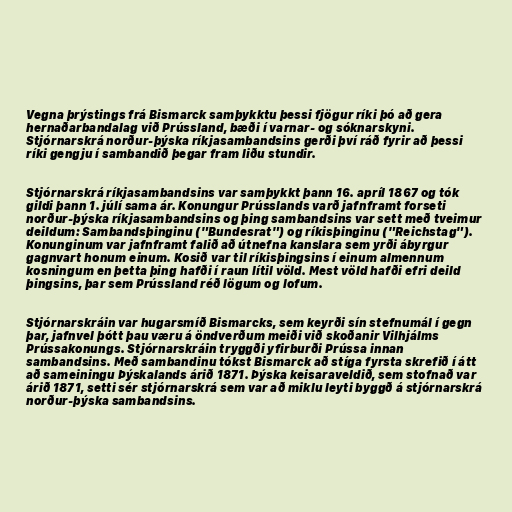
Vegna þrýstings frá Bismarck samþykktu þessi fjögur ríki þó að gera
hernaðarbandalag við Prússland, bæði í varnar- og sóknarskyni.
Stjórnarskrá norður-þýska ríkjasambandsins gerði því ráð fyrir að þessi
ríki gengju í sambandið þegar fram liðu stundir.

Stjórnarskrá ríkjasambandsins var samþykkt þann 16. apríl 1867 og tók
gildi þann 1. júlí sama ár. Konungur Prússlands varð jafnframt forseti
norður-þýska ríkjasambandsins og þing sambandsins var sett með tveimur
deildum: Sambandsþinginu ("Bundesrat") og ríkisþinginu ("Reichstag").
Konunginum var jafnframt falið að útnefna kanslara sem yrði ábyrgur
gagnvart honum einum. Kosið var til ríkisþingsins í einum almennum
kosningum en þetta þing hafði í raun lítil völd. Mest völd hafði efri deild
þingsins, þar sem Prússland réð lögum og lofum.

Stjórnarskráin var hugarsmíð Bismarcks, sem keyrði sín stefnumál í gegn
þar, jafnvel þótt þau væru á öndverðum meiði við skoðanir Vilhjálms
Prússakonungs. Stjórnarskráin tryggði yfirburði Prússa innan
sambandsins. Með sambandinu tókst Bismarck að stíga fyrsta skrefið í átt
að sameiningu Þýskalands árið 1871. Þýska keisaraveldið, sem stofnað var
árið 1871, setti sér stjórnarskrá sem var að miklu leyti byggð á stjórnarskrá
norður-þýska sambandsins.